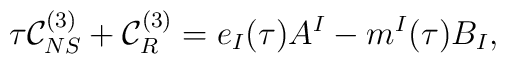
\tau {\cal C}_{NS}^{(3)}+{\cal C}_R^{(3)}=e_I(\tau)A^I-m^I(\tau)B_I,